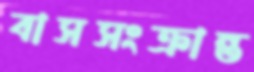
বাসসংক্রান্ত